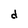
Character: d